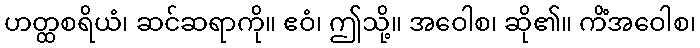
ဟတ္ထစရိယံ၊ ဆင်ဆရာကို။ ဧဝံ၊ ဤသို့။ အဝေါစ၊ ဆို၏။ ကိံအဝေါစ၊